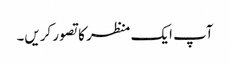
آپ ایک منظر کا تصور کریں۔